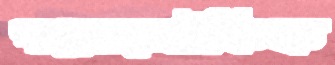
পরোলৌকিক